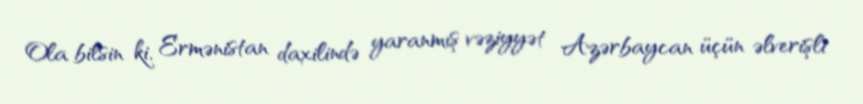
Ola bilsin ki, Ermənistan daxilində yaranmış vəziyyət Azərbaycan üçün əlverişli